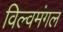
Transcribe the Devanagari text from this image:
विल्वमंगल